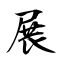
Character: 展